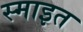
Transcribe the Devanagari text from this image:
स्माइत